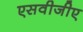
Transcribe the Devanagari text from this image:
एसवीजीए